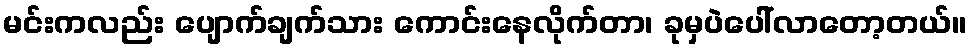
မင်းကလည်း ပျောက်ချက်သား ကောင်းနေလိုက်တာ၊ ခုမှပဲပေါ်လာတော့တယ်။